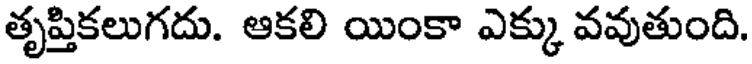
తృప్తికలుగదు. ఆకలి యింకా ఎక్కు వవుతుంది.